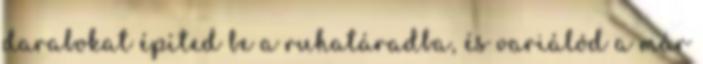
darabokat építed be a ruhatáradba, és variálód a már